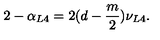
2 - \alpha _ { L 4 } = 2 ( d - \frac { m } { 2 } ) \nu _ { L 4 } .